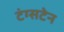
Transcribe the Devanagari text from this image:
टंग्सटेन